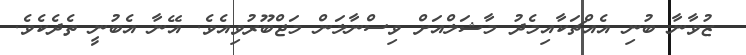
ޒުވާނާ ބުނި އެއްޗަކާއިމެދު މާޝަލްއަށް ވިސްނާލަން މަޖްބޫރުވިއެވެ. އޭނާ އެބުނީ ތެދެކެވެ.